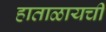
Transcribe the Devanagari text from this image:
हाताळायची